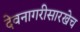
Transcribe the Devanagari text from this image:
देवनागरीसारखेच